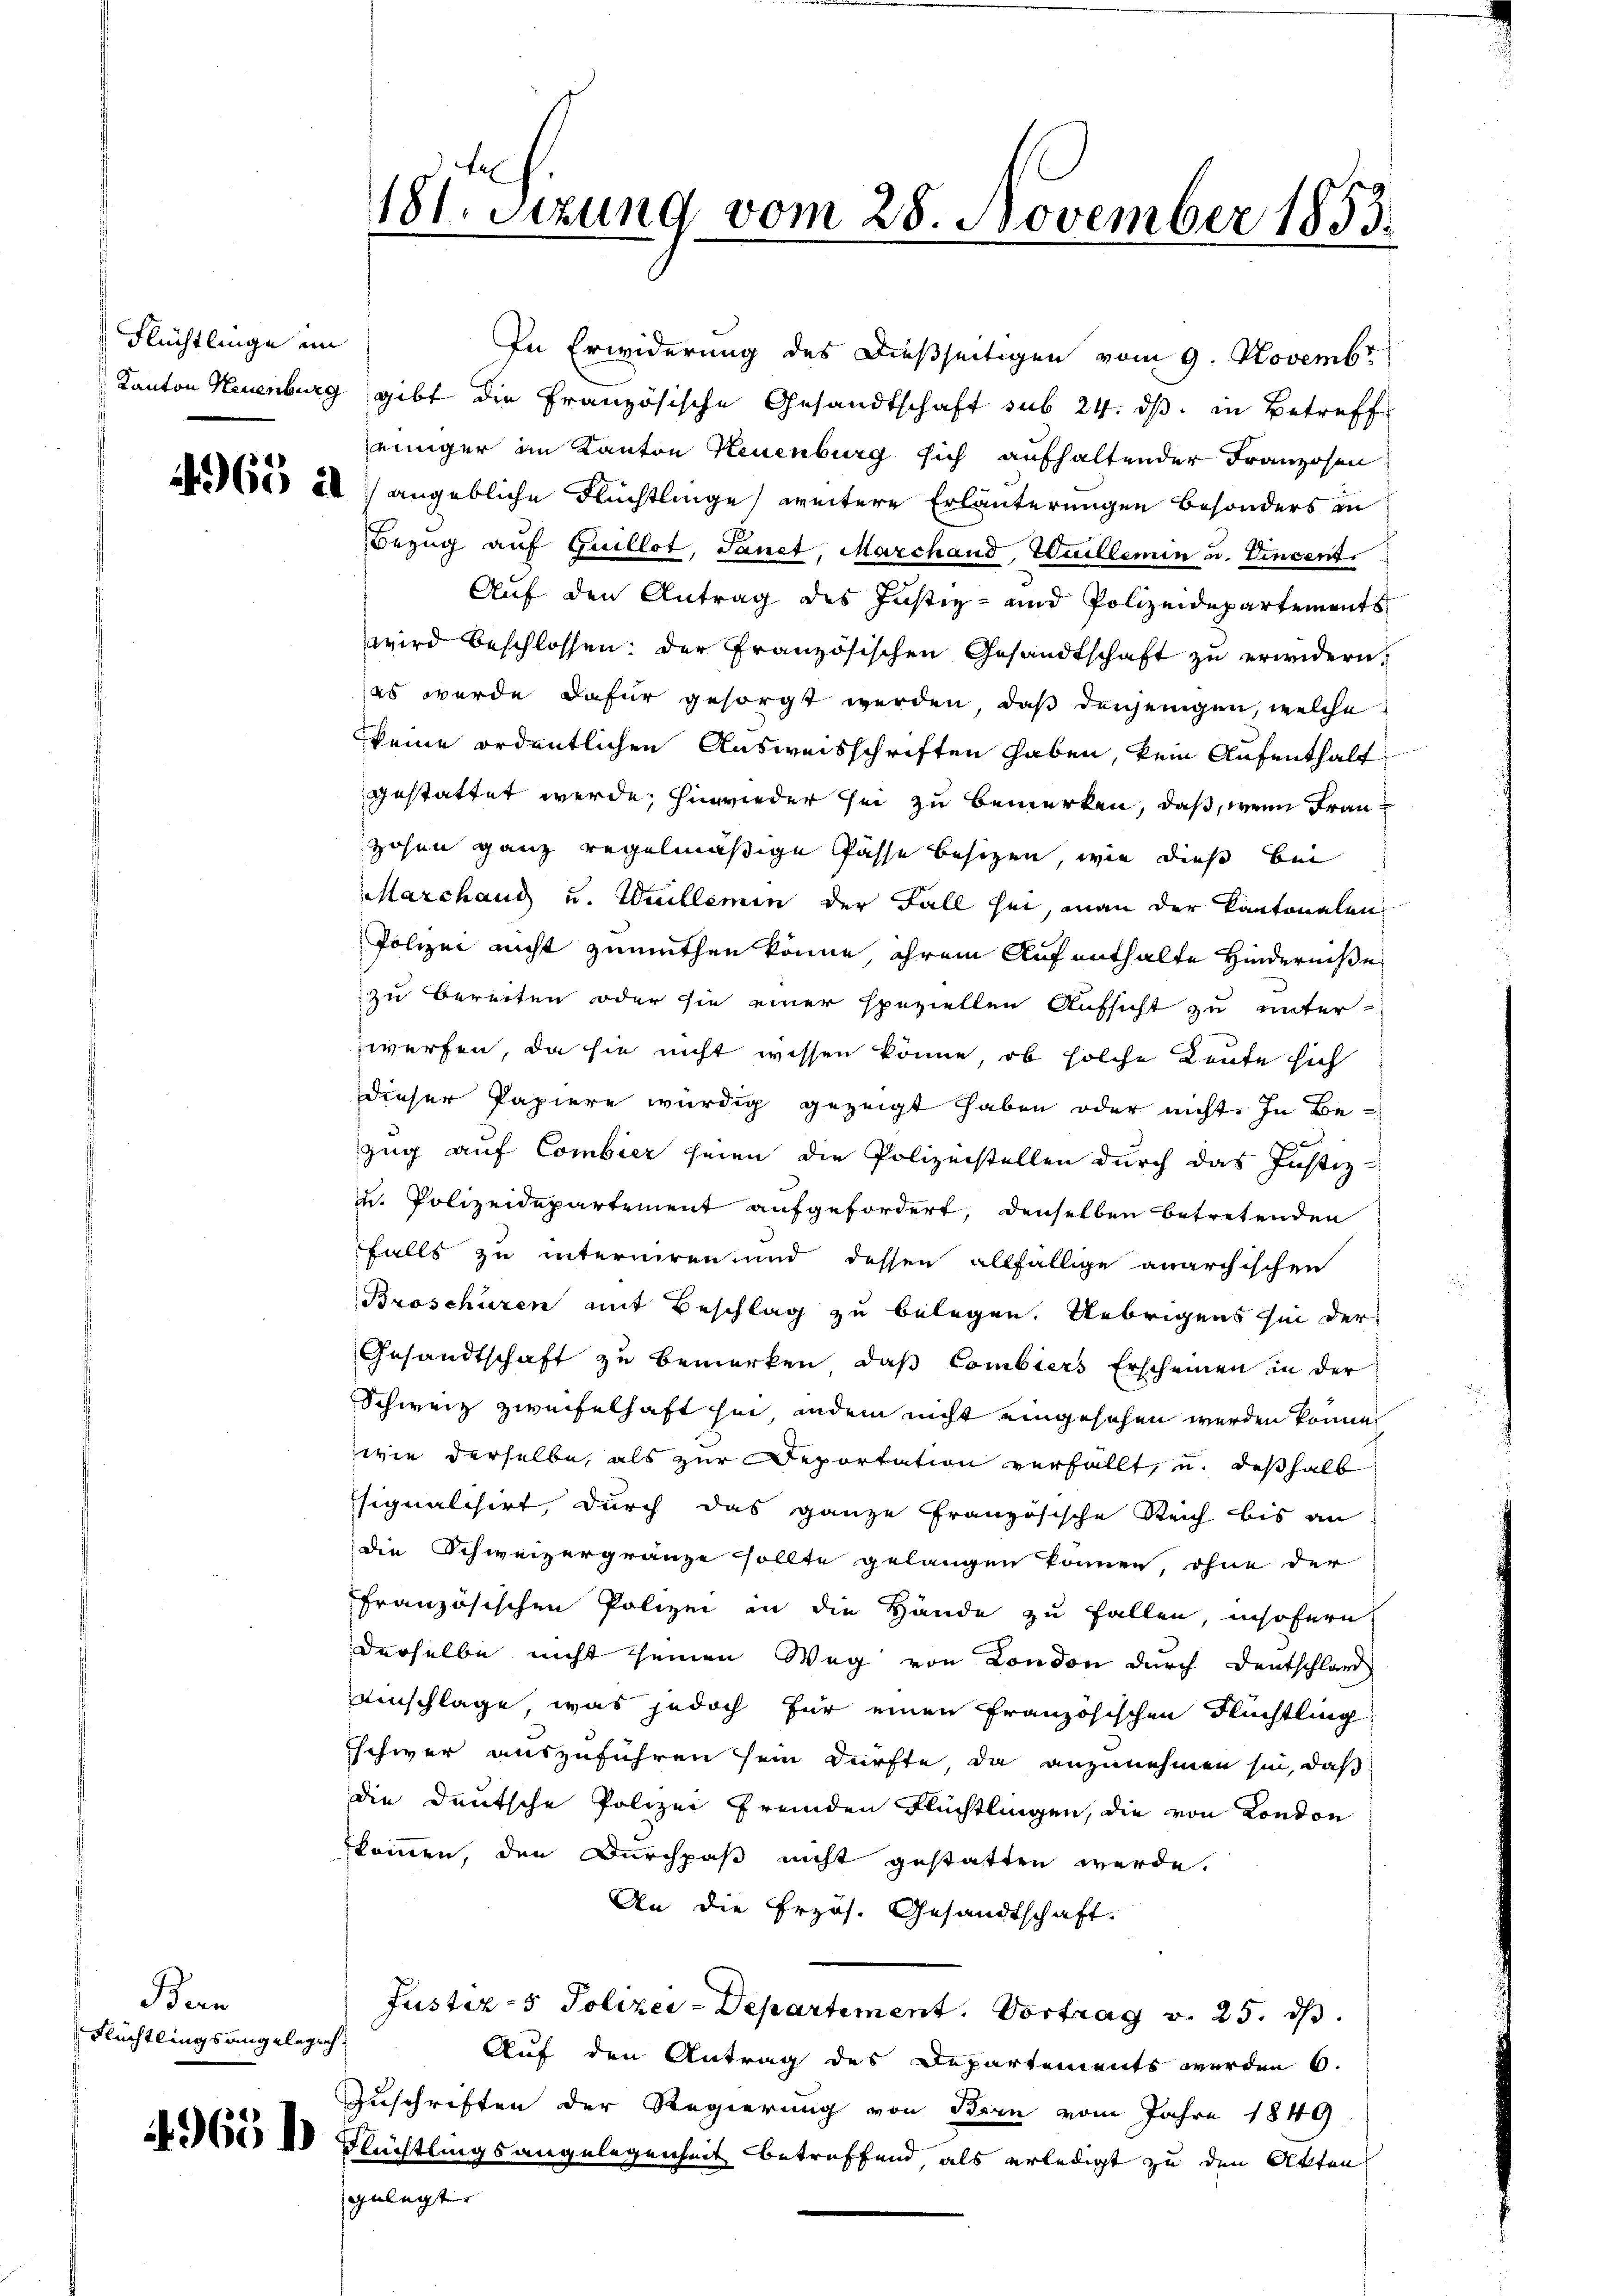
Flüchtlinge im

Ban
Flüchtlings angelegenh

In Erwiderung des dießseitigen vom 9. Novembr
Kanton Neuenburg gibt die Französische Gesandtschaft sub 24. ds. in Betreff
jeiniger im Kanton Neuenburg sich aufhaltender Franzosen
 a) angebliche Flüchtlinge, weitere Erläuterungen besonders in
Bezug auf Guillot, Sanct, Marchand, Euillemin u. Vincent.
Auf den Antrag des Justiz- und Polizeidepartements
wird beschlossen: der Französischen Gesandtschaft zŭ erwidern.
(es wurde dafür gesorgt werden, daß denjenigen, welche
keine ordentlichen Ausweisschriften haben, kein Aufenthalt
gestattet werde; hinwieder sei zu bemerken, daß, wenn Fran¬
Hohen ganz regelmäßige Pässe besizen, wie dieß bei
Marchaud u. Willemin der Fall sei, man der Kantonalen
Polizei nicht zumuthen könne ihrem Aufenthalte Hinderniße
zu bereiten oder sie einer speziellen Aufsicht zu unter-
werfen, da sie nicht wissen könne, ob solche Leute sich
dieser Papiere würdig gezeigt haben oder nicht. In Bezug auf Combier seien die Polizeistellen durch das Justiz-
u. Polizeidepartement aufgefordert, denselben betretenden
falls zu interniren, und dessen allfällige anarchischen
Broschüren mit Beschlag zu belegen. Uebrigens sei der
Gesandtschaft zu bemerken, daß Combiers Erscheinen in der
Schweiz zweifelhaft hin, indem nicht eingesehen werden könne,
wie derselbe, als zur Deportation verfällt, u. deshalb
signalisirt, durch das ganze französische Reich bis an
die Schweizergränze sollte gelangen können, ohne der
ffranzösischen Polizei in die Hände zu fallen, insofern
derselbe nicht seinen Weg von London durch Deutschland
einschlage, was jedoch für einen französischen Flüchtling
Eschwer auszuführen sein dürfte, da anzunehmen sei, daß
die deutsche Polizei fremden Flüchtlingen, die von London
kommen, den Durchpaß nicht gestatten werde.
An die Erzös. Gesandtschaft.
Justiz- & Polizei-Departiment. Vortrag v. 25. ds.
Auf den Antrag des Departements werden 6.
Zuschriften der Regierung von Bern vom Jahre 1849
d.es 10 Flüchtlingsangelegenheit betreffend, als erledigt zu den Akten
gelegt

181. Sizung vom 28. November 1853.